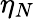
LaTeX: \eta_{N}